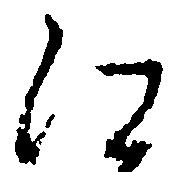
江